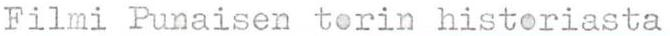
Filmi Punaisen torin historiasta